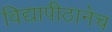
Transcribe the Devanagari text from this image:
विद्यापीठानेच